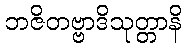
ဘဇိတဗ္ဗာဒိသုတ္တာနိ